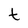
Character: t